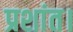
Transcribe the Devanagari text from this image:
प्रशांत।